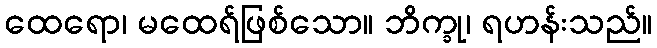
ထေရော၊ မထေရ်ဖြစ်သော။ ဘိက္ခု၊ ရဟန်းသည်။